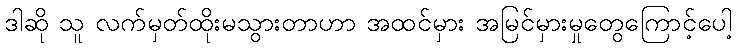
ဒါဆို သူ လက်မှတ်ထိုးမသွားတာဟာ အထင်မှား အမြင်မှားမှုတွေကြောင့်ပေါ့